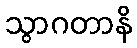
သွာဂတာနိ